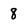
Character: 8